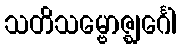
သတိသမ္ဗောဇ္ဈင်္ဂေါ